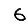
Digit: 6